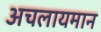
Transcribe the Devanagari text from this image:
अचलायमान